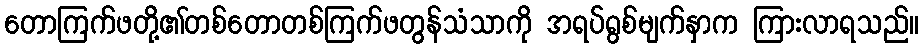
တောကြက်ဖတို့၏တစ်တောတစ်ကြက်ဖတွန်သံသာကို အရပ်ရွစ်မျက်နှာက ကြားလာရသည်။